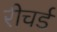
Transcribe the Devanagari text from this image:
रीचर्ड